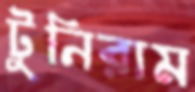
টুনিরাম